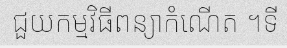
ជួយកម្មវិធីពន្យាកំណើត ។ទី